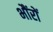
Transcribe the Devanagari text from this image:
भौंरों